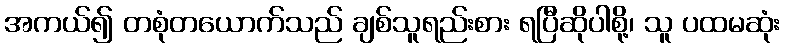
အကယ်၍ တစုံတယောက်သည် ချစ်သူရည်းစား ရပြီဆိုပါစို့၊ သူ ပထမဆုံး